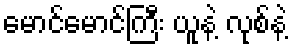
မောင်မောင်ကြီး ယူနဲ့ လုစ်နဲ့